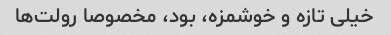
خیلی تازه و خوشمزه، بود، مخصوصا رولت‌ها